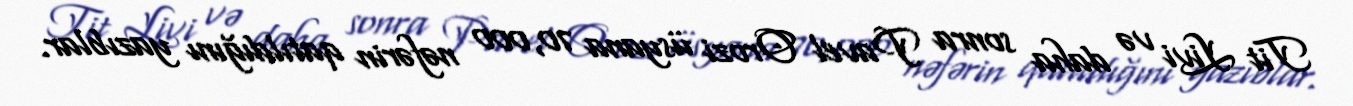
Tit Livi və daha sonra Pavel Orozi üsyana 70,000 nəfərin qatıldığını yazıblar.